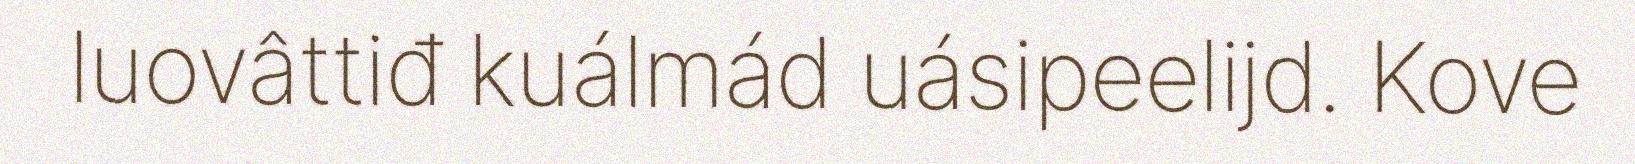
luovâttiđ kuálmád uásipeelijd. Kove